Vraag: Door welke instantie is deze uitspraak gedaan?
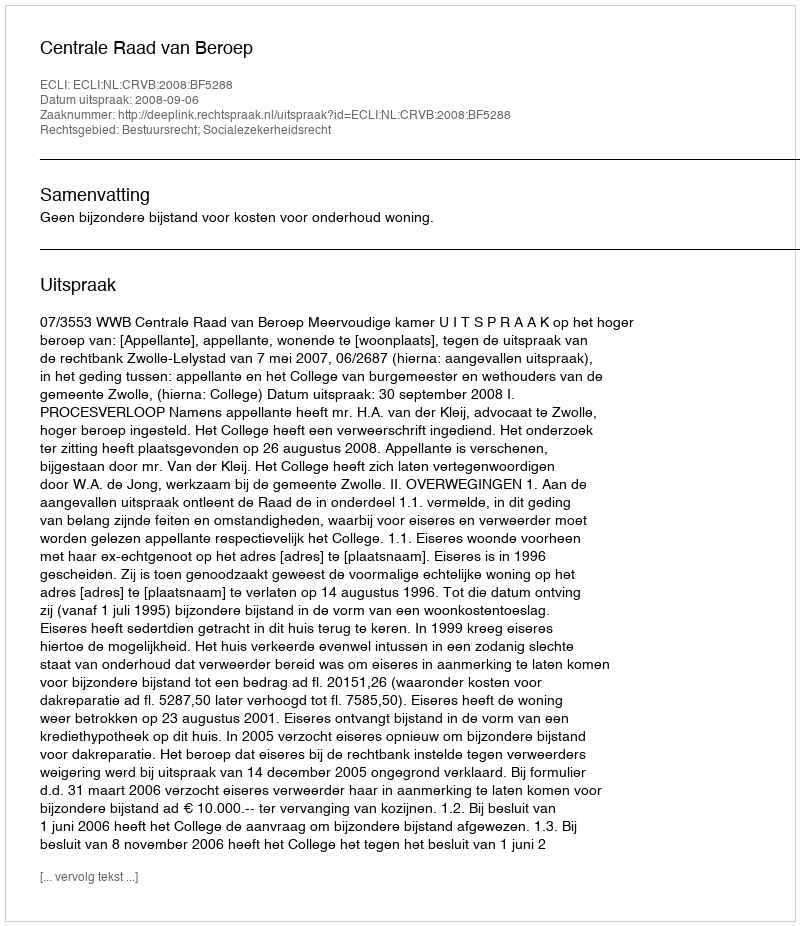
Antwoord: Centrale Raad van Beroep